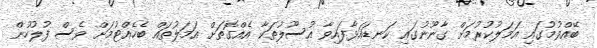
ބޭއްވުމުގައި އަމަލުކުރުމަށް ގާނޫނުގައި ކަނޑައަޅާފައިވާ އުސޫލުތަކާ އެއްގޮތަށް އަމަލުތައް ބެހެއްޓުމަށް ވެސް ފުލުހުން